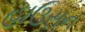
હાઉસન